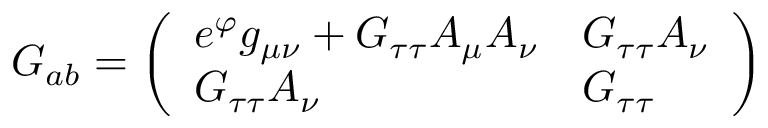
G _ { a b } = \left( \begin{array} { l l } { { e ^ { \varphi } g _ { \mu \nu } + G _ { \tau \tau } A _ { \mu } A _ { \nu } } } & { { G _ { \tau \tau } A _ { \nu } } } \\ { { G _ { \tau \tau } A _ { \nu } } } & { { G _ { \tau \tau } } } \end{array} \right)